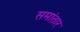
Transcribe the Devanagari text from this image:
समांतार